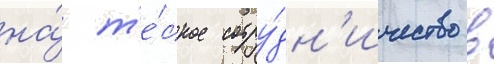
на́ т'е́сное сотру́дн'ичество в